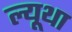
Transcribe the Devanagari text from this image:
ल्यूथा